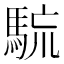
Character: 𩣇